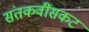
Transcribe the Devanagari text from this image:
संतकवींसकट